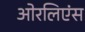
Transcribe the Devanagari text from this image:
ओरलिएंस